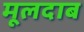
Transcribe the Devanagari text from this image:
मूलदाब